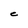
Character: C